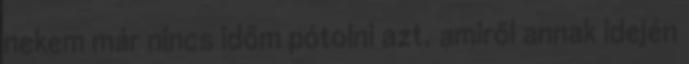
nekem már nincs időm pótolni azt, amiről annak idején